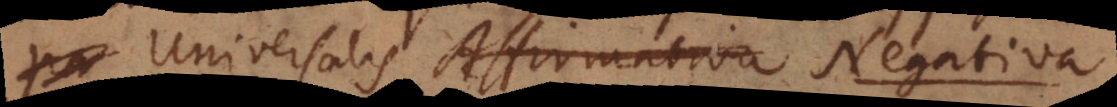
Universalis Affirmativa et